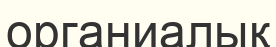
органиалық